Account of plague administration in the Bombay Presidency from September 1896 till May 1897
Year: 1896
Disease focus: Plague
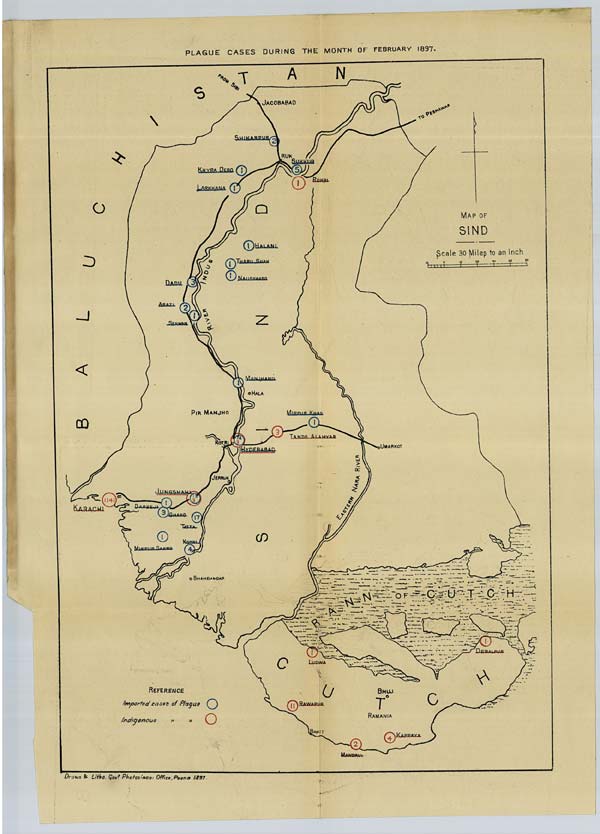
PLAGUE CASES DURING THE MONTH OF FEBRUARY 1897.
Drawn & Litho. Govt. Photozinco: Office, Poona 1897.